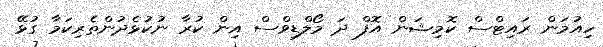
ހިއުމަން ރައިޓްސް ކޮމިޝަން އޮފް ދަ މޯލްޑިވްސް އިން ކުރާ ނުކުޅެދުންތެރިކަމާ ގުޅޭ